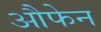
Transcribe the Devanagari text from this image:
औफेन